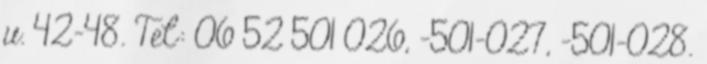
u. 42-48. Tel: 06 52 501 026, -501-027, -501-028.